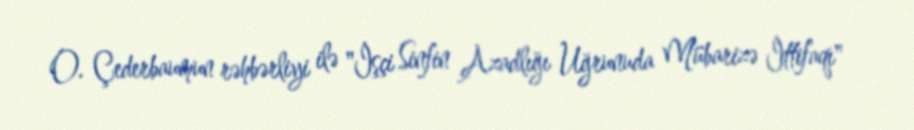
O. Çederbaumun rəhbərliyi ilə "İşçi Sinfin Azadlığı Uğrunuda Mübarizə İttifaqı"